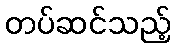
တပ်ဆင်သည့်